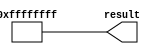
module  const1_lpm_constant
	( 
	result) /* synthesis synthesis_clearbox=1 */;
	output   [31:0]  result;


	assign
		result = {32{1'b1}};
endmodule